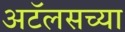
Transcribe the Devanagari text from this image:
अटॅलसच्या